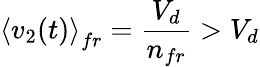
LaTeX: \left\langle v_{2}(t)\right\rangle_{fr}=\frac{V_{d}}{n_{fr}}>V_{d}